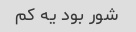
شور بود یه کم